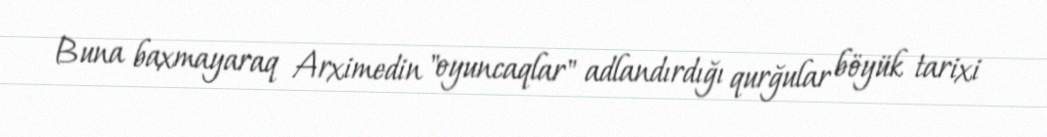
Buna baxmayaraq Arximedin "oyuncaqlar" adlandırdığı qurğular böyük tarixi